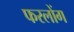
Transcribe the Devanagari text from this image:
फरलोंग